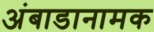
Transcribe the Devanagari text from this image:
अंबाडानामक